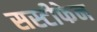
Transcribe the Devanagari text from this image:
सस्टीफेन